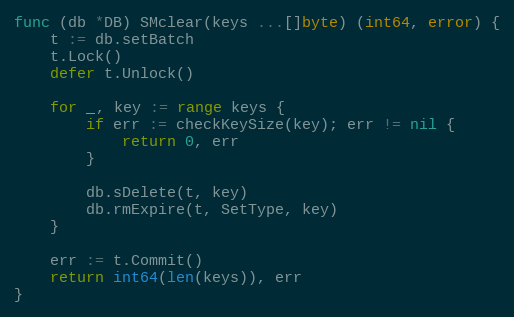
Language: Go
func (db *DB) SMclear(keys ...[]byte) (int64, error) {
	t := db.setBatch
	t.Lock()
	defer t.Unlock()

	for _, key := range keys {
		if err := checkKeySize(key); err != nil {
			return 0, err
		}

		db.sDelete(t, key)
		db.rmExpire(t, SetType, key)
	}

	err := t.Commit()
	return int64(len(keys)), err
}